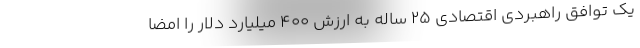
یک توافق راهبردی اقتصادی ۲۵ ساله به ارزش ۴۰۰ میلیارد دلار را امضا